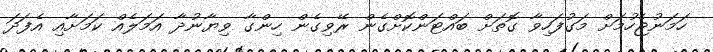
ހަމަނުޖެހުމަށް މަގުފަހިވާ ގޮތަށް ބައްޓަންކޮށްގެން ރޭވިގެން ހިންގާ ވިޔާނުދާ އަމަލެއް ކަމަށާއި އެފަދަ